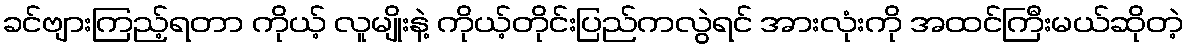
ခင်ဗျားကြည့်ရတာ ကိုယ့် လူမျိုးနဲ့ ကိုယ့်တိုင်းပြည်ကလွဲရင် အားလုံးကို အထင်ကြီးမယ်ဆိုတဲ့